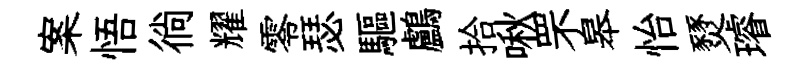
案悟徜耀零瑟驅鸕拾啾罘皋怡燹璿